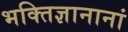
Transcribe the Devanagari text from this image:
भक्तिज्ञानानां